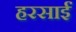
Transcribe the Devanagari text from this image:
हरसाईं